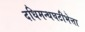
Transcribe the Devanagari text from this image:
दधिमन्थघटीभेत्ता